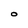
Character: O